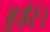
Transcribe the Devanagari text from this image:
हुईर्ं।